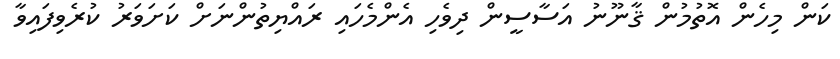
ކަން މިހެން އޮތުމުން ޤާނޫނު އަސާސީން ދިވެހި އެންމެހައި ރައްޔިތުންނަށް ކަށަވަރު ކުރެވިފައިވާ